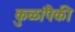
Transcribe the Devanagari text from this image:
कुळांपैकी